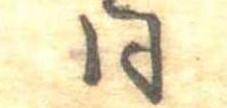
同